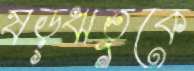
ষড়্ঋতুকে